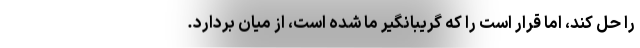
را حل کند، اما قرار است را که گریبانگیر ما شده است، از میان بردارد.